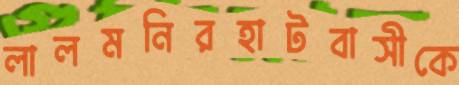
লালমনিরহাটবাসীকে